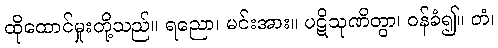
ထိုထောင်မှုးတို့သည်။ ရညော၊ မင်းအား။ ပဋိသုဏိတွာ၊ ဝန်ခံ၍။ တံ၊